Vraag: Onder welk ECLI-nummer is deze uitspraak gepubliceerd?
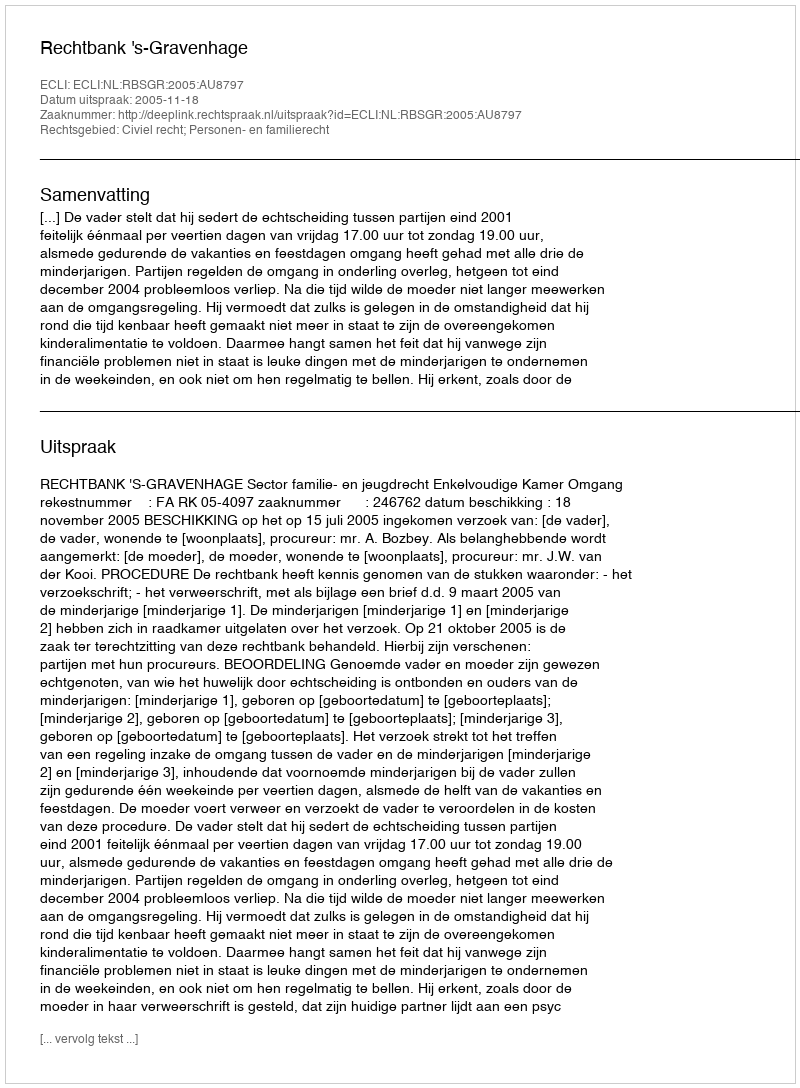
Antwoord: ECLI:NL:RBSGR:2005:AU8797